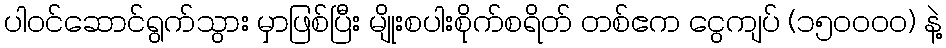
ပါဝင်ဆောင်ရွက်သွား မှာဖြစ်ပြီး မျိုးစပါးစိုက်စရိတ် တစ်ဧက ငွေကျပ် (၁၅၀၀၀၀) နဲ့